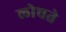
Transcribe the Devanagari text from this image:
लोचते